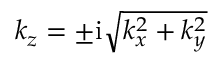
k _ { z } = \pm \mathrm { i } \sqrt { k _ { x } ^ { 2 } + k _ { y } ^ { 2 } }